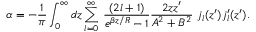
\alpha = - \frac { 1 } { \pi } \int _ { 0 } ^ { \infty } d z \sum _ { l = 0 } ^ { \infty } \: \frac { ( 2 l + 1 ) } { e ^ { \beta z / R } - 1 } \frac { 2 z z ^ { \prime } } { A ^ { 2 } + B ^ { 2 } } \; j _ { l } ( z ^ { \prime } ) j _ { l } ^ { \prime } ( z ^ { \prime } ) .